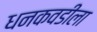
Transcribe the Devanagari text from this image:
धनकवडीला